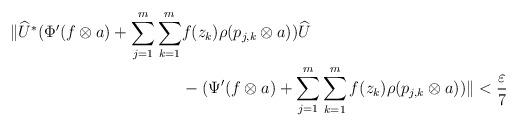
LaTeX: \begin{align*}\| \widehat{U}^{*}(\Phi^{\prime} (f\otimes a) + \sum_{j=1}^m\sum_{k=1}^m & f(z_k)\rho (p_{j,k}\otimes a) ) \widehat{U} \\& -(\Psi^{\prime}(f\otimes a)+ \sum_{j=1}^m\sum_{k=1}^mf(z_k)\rho (p_{j,k}\otimes a)) \| < \frac{\varepsilon}{7}\end{align*}